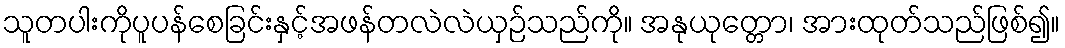
သူတပါးကိုပူပန်စေခြင်းနှင့်အဖန်တလဲလဲယှဉ်သည်ကို။ အနုယုတ္တော၊ အားထုတ်သည်ဖြစ်၍။